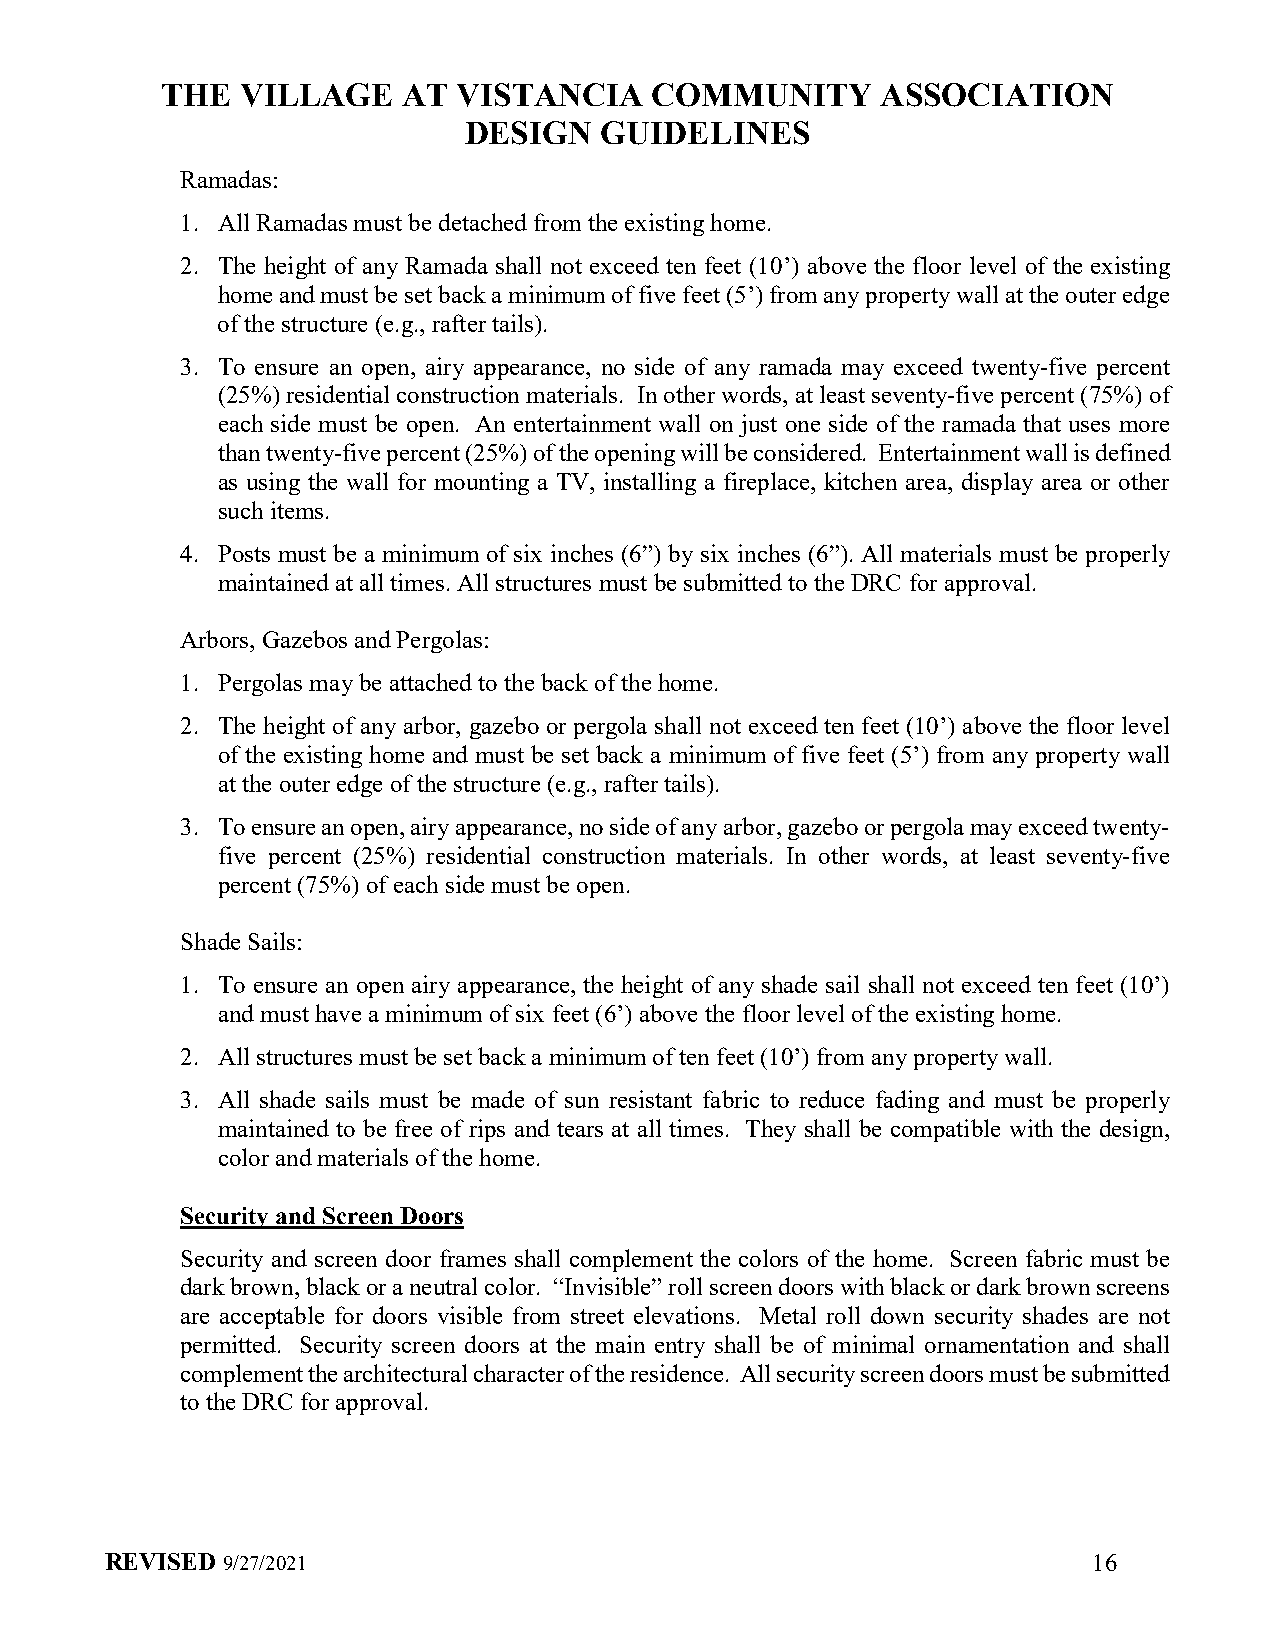
THE  VILLAGE    AT VISTANCIA    COMMUNITY      ASSOCIATION
 DESIGN   GUIDELINES
 Ramadas:
 1. All Ramadas must be detached from the existing home.
 2. The height of any Ramada shall not exceed ten feet (10’) above the floor level of the existing
 home and must be set back a minimum of five feet (5’) from any property wall at the outer edge
 of the structure (e.g., rafter tails).
 3. To ensure an open, airy appearance, no side of any ramada may exceed twenty-five percent
 (25%) residential construction materials. In other words, at least seventy-five percent (75%) of
 each side must be open. An entertainment wall on just one side of the ramada that uses more
 than twenty-five percent (25%) of the opening will be considered. Entertainment wall is defined
 as using the wall for mounting a TV, installing a fireplace, kitchen area, display area or other
 such items.
 4. Posts must be a minimum of six inches (6”) by six inches (6”). All materials must be properly
 maintained at all times. All structures must be submitted to the DRC for approval.
 Arbors, Gazebos and Pergolas:
 1. Pergolas may be attached to the back of the home.
 2. The height of any arbor, gazebo or pergola shall not exceed ten feet (10’) above the floor level
 of the existing home and must be set back a minimum of five feet (5’) from any property wall
 at the outer edge of the structure (e.g., rafter tails).
 3. To ensure an open, airy appearance, no side of any arbor, gazebo or pergola may exceed twenty-
 five percent (25%) residential construction materials. In other words, at least seventy-five
 percent (75%) of each side must be open.
 Shade Sails:
 1. To ensure an open airy appearance, the height of any shade sail shall not exceed ten feet (10’)
 and must have a minimum of six feet (6’) above the floor level of the existing home.
 2. All structures must be set back a minimum of ten feet (10’) from any property wall.
 3. All shade sails must be made of sun resistant fabric to reduce fading and must be properly
 maintained to be free of rips and tears at all times. They shall be compatible with the design,
 color and materials of the home.
 Security and Screen Doors
 Security and screen door frames shall complement the colors of the home. Screen fabric must be
 dark brown, black or a neutral color. “Invisible” roll screen doors with black or dark brown screens
 are acceptable for doors visible from street elevations. Metal roll down security shades are not
 permitted. Security screen doors at the main entry shall be of minimal ornamentation and shall
 complement the architectural character of the residence. All security screen doors must be submitted
 to the DRC for approval.
 REVISED 9/27/2021                                                16